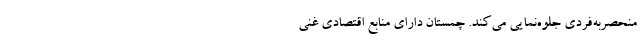
منحصربه­‌فردی جلوه­‌نمایی می­‌کند. چمستان دارای منابع اقتصادی غنی